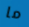
ما